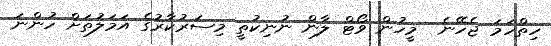
ހިތްހަމަ ޖެހޭނެ  މީހުން ވޯޓް ލާން ނުނިކުތީ މިސަރުކާރުގެ އަމަލުތަށް ހުންނަ